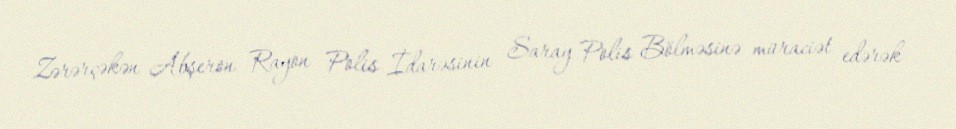
Zərərçəkən Abşeron Rayon Polis İdarəsinin Saray Polis Bölməsinə müraciət edərək